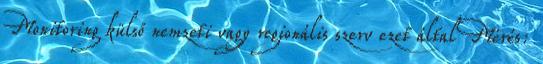
Monitoring külső nemzeti vagy regionális szerv ezet által Mérés: